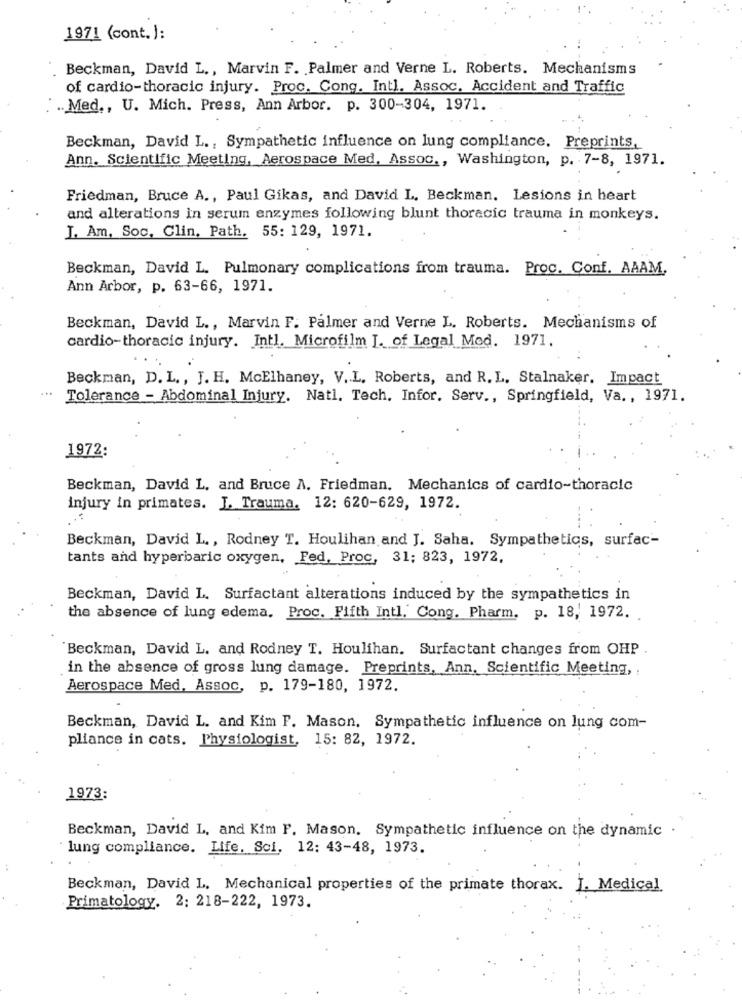
1971 (cont.):
Beckman, David L ., Marvin F. Palmer and Verne L. Roberts. Mechanisms
of cardio-thoracic injury. Proc. Cong. Intl. Assoc. Accident and Traffic
.. Med ., U. Mich. Press, Ann Arbor. p. 300-304, 1971.
Beckman, David L ., Sympathetic influence on lung compliance. Preprints,
Ann. Scientific Meeting, Aerospace Med, Assoc ., Washington, p. 7-8, 1971.
Friedman, Bruce A ., Paul Gikas, and David L. Beckman. Lesions in heart
and alterations in serum enzymes following blunt thoracic trauma in monkeys.
J. Am, Soc, Clin, Path. 55: 129, 1971.
Beckman, David L. Pulmonary complications from trauma. Proc. Conf. AAAM.
Ann Arbor, p. 63-66, 1971.
Beckman, David L ., Marvin F. Palmer and Verne L. Roberts. Mechanisms of
cardio-thoracic injury. Intl. Microfilm J. of Legal Med. 1971.
Beckman, D. L ., J. H. McElhaney, V. L. Roberts, and R. L. Stalnaker. Impact
...
Tolerance - Abdominal Injury. Natl. Tech. Infor. Serv ., Springfield, Va ., 1971.
1972:
Beckman, David L, and Bruce A. Friedman, Mechanics of cardio-thoracic
injury in primates. J. Trauma. 12: 620-629, 1972.
Beckman, David L ., Rodney T. Houlihan and J. Saha. Sympathetics, surfac-
tants and hyperbaric oxygen, Fed, Proc, 31; 823, 1972,
Beckman, David L. Surfactant alterations induced by the sympathetics in
the absence of lung edema. Proc. Fifth Intl. Cong. Pharm. p. 18, 1972.
Beckman, David L. and Rodney T. Houlihan. Surfactant changes from OHP
in the absence of gross lung damage. Preprints, Ann, Scientific Meeting,
Aerospace Med, Assoc, p. 179-180, 1972.
Beckman, David L. and Kim F. Mason, Sympathetic influence on lung com-
pliance in cats. Physiologist, 15: 82, 1972.
1973:
Beckman, David L, and Kim F. Mason. Sympathetic influence on the dynamic
lung compliance. Life. Sci, 12: 43-48, 1973.
Beckman, David L. Mechanical properties of the primate thorax. J. Medical
Primatology. 2: 218-222, 1973.